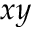
x y